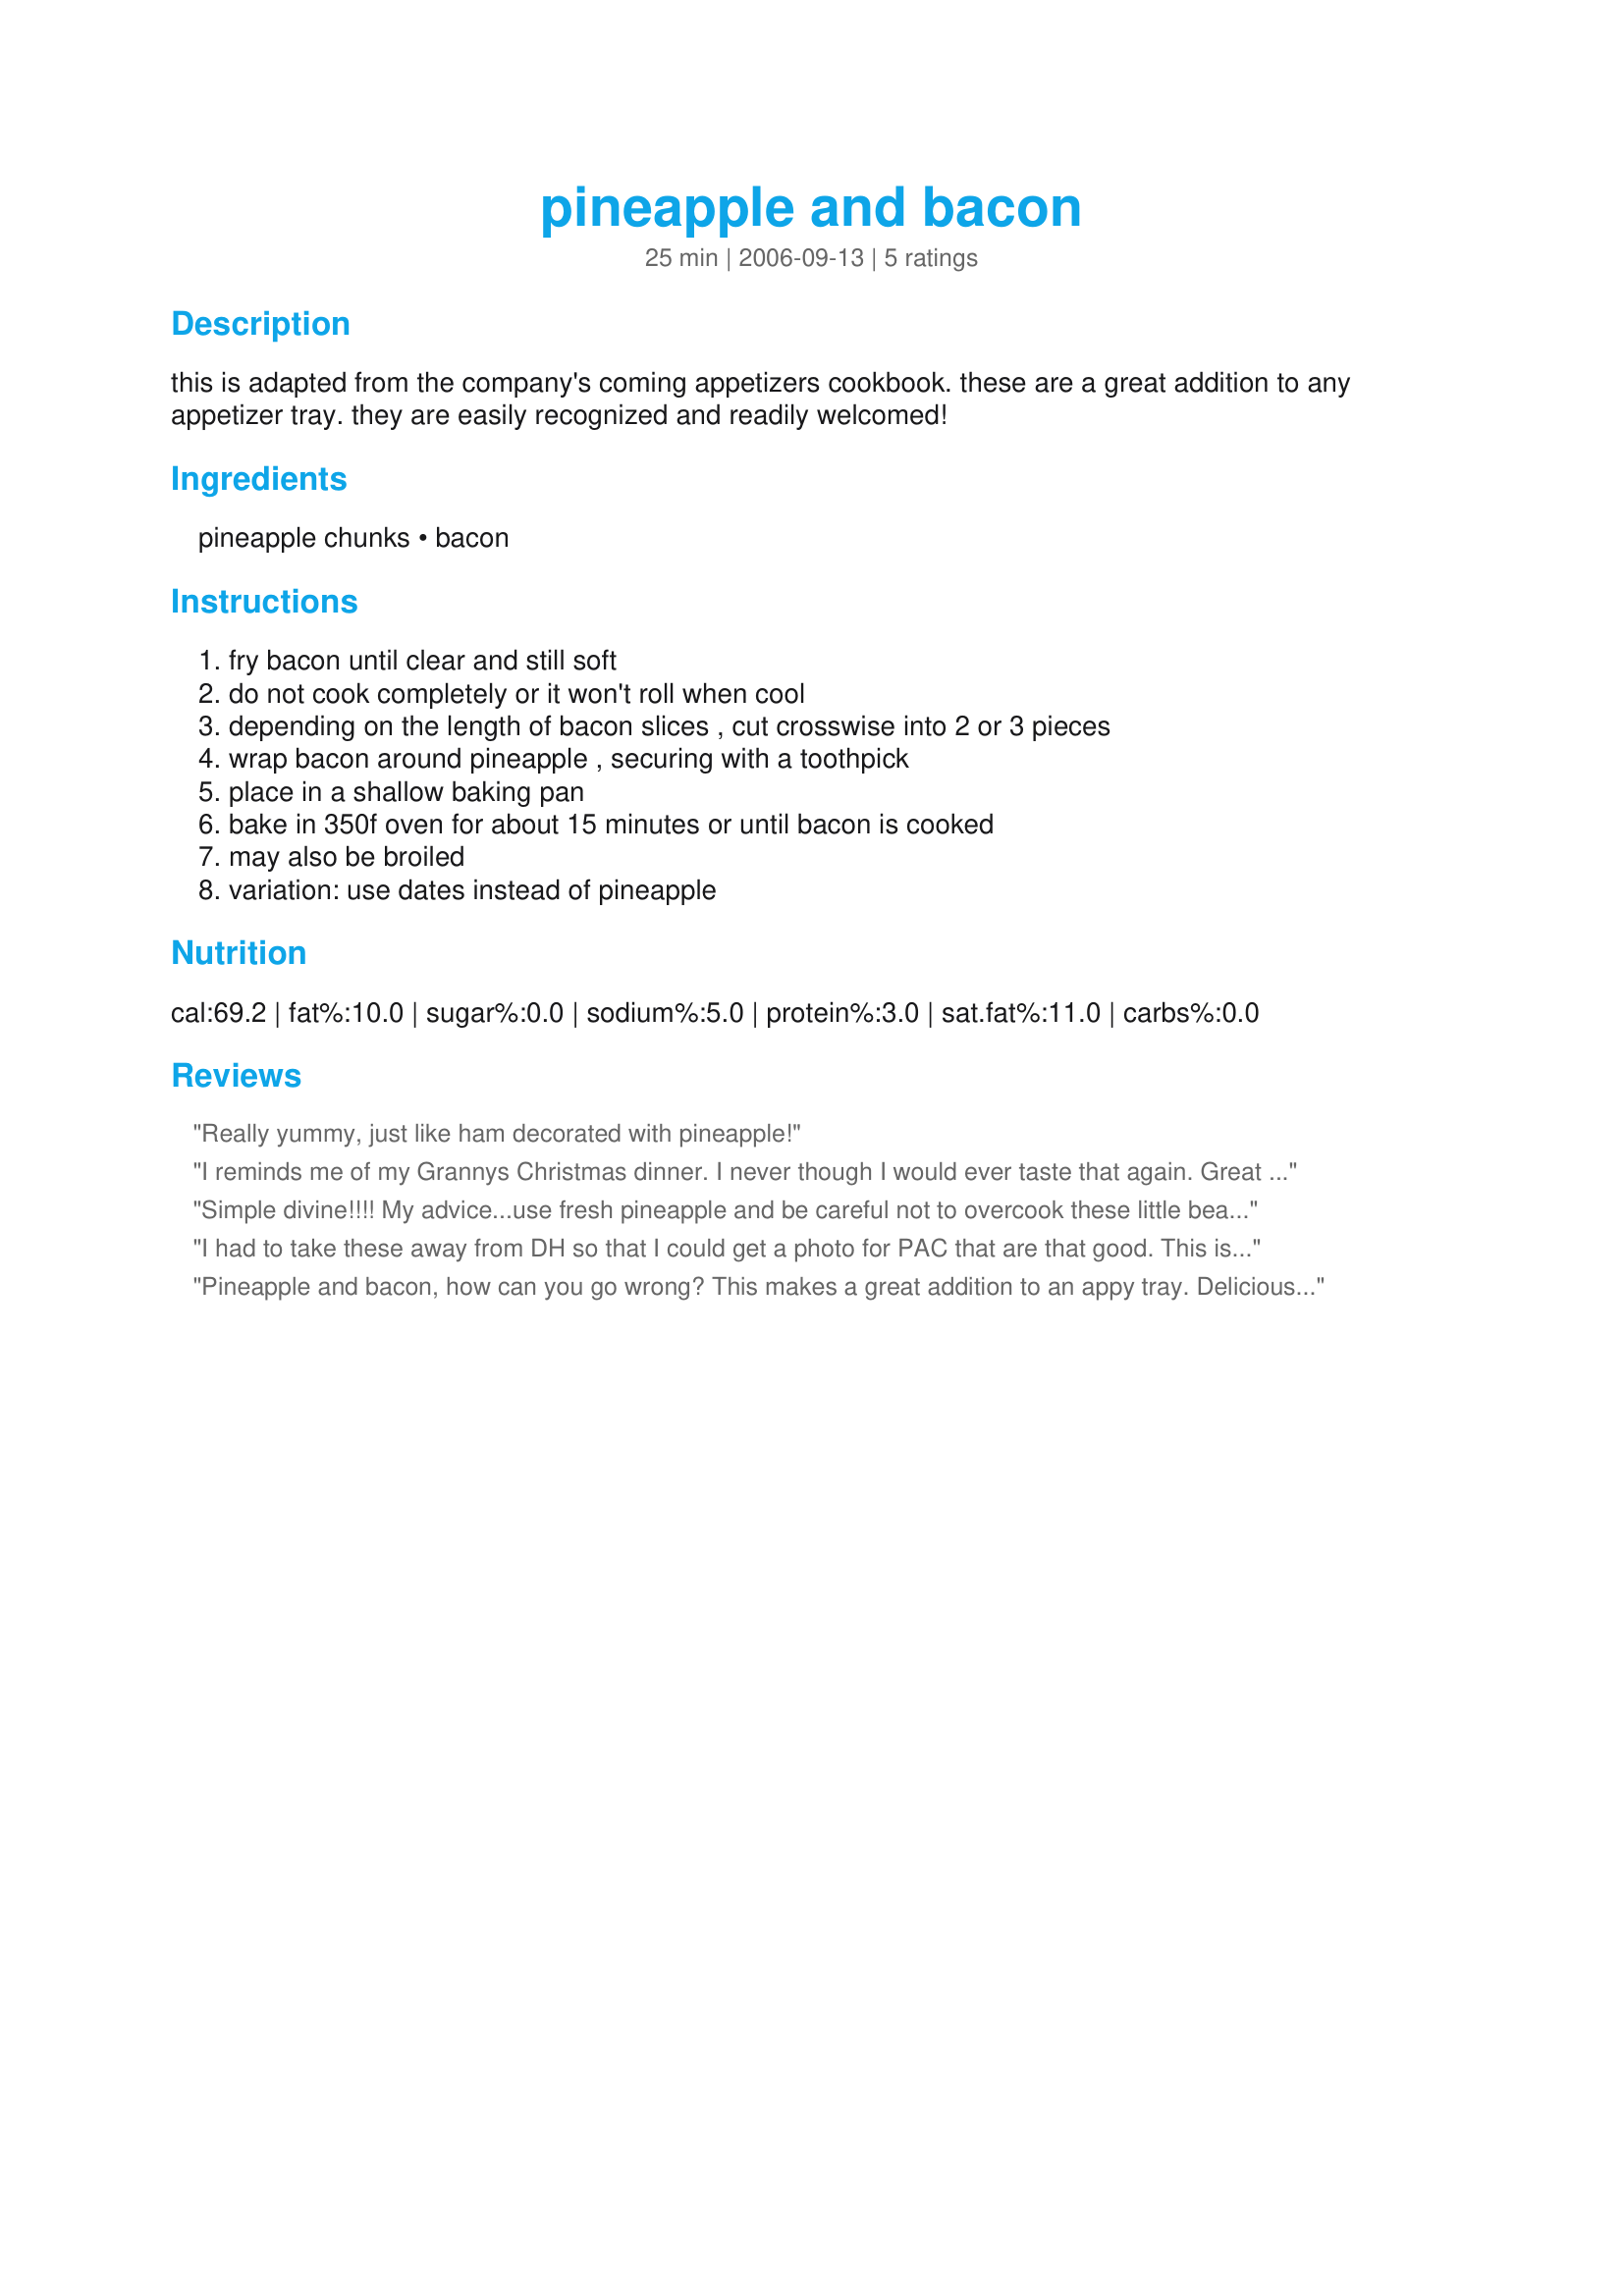
pineapple and bacon
Preparation time: 25 minutes

this is adapted from the company's coming appetizers cookbook. these are a great addition to any appetizer tray. they are easily recognized and readily welcomed!

Ingredients:
pineapple chunks, bacon

Steps:
fry bacon until clear and still soft, do not cook completely or it won't roll when cool, depending on the length of bacon slices , cut crosswise into 2 or 3 pieces, wrap bacon around pineapple , securing with a toothpick, place in a shallow baking pan, bake in 350f oven for about 15 minutes or until bacon is cooked, may also be broiled, variation: use dates instead of pineapple

Reviews:
Really yummy, just like ham decorated with pineapple!
I reminds me of my Grannys Christmas dinner. I never though I would ever taste that again. Great recipe I will keep using it.
Simple divine!!!!
My advice...use fresh pineapple and be careful not to overcook these little beauties.
I had to take these away from DH so that I could get a photo for PAC that are that good. This is going into my favorite book. Just wonderful. I did my bacon in the microwave for 3 minutes and it was perfect to wrap around the pineapple. Done to perfection in the stated 15 minutes. Thanks Saturn Made for PAC Spring 2010 :)
Pineapple and bacon, how can you go wrong?
This makes a great addition to an appy tray. Delicious! Thanks Lou!
